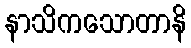
နာသိကသောတာနိ